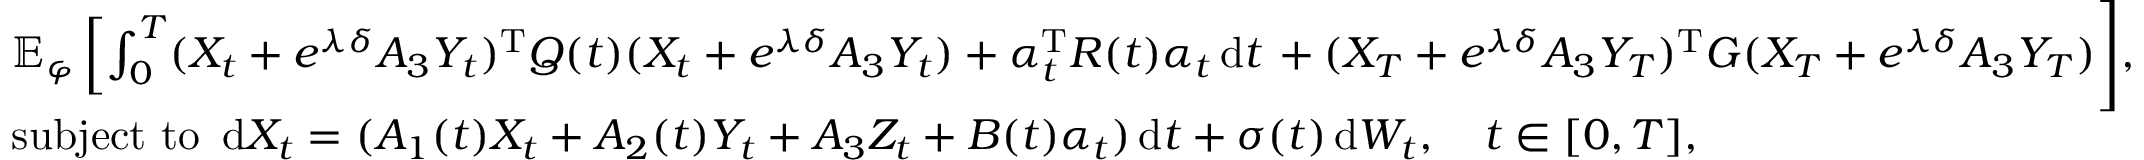
\begin{array} { r l } & { \mathbb { E } _ { \varphi } \left[ \int _ { 0 } ^ { T } ( X _ { t } + e ^ { \lambda \delta } A _ { 3 } Y _ { t } ) ^ { \operatorname { T } } Q ( t ) ( X _ { t } + e ^ { \lambda \delta } A _ { 3 } Y _ { t } ) + \alpha _ { t } ^ { \operatorname { T } } R ( t ) \alpha _ { t } \, \mathrm { d } t \right. + ( X _ { T } + e ^ { \lambda \delta } A _ { 3 } Y _ { T } ) ^ { \operatorname { T } } G ( X _ { T } + e ^ { \lambda \delta } A _ { 3 } Y _ { T } ) \Bigg ] , } \\ & { \mathrm { s u b j e c t ~ t o ~ } \, \mathrm { d } X _ { t } = ( A _ { 1 } ( t ) X _ { t } + A _ { 2 } ( t ) Y _ { t } + A _ { 3 } Z _ { t } + B ( t ) \alpha _ { t } ) \, \mathrm { d } t + \sigma ( t ) \, \mathrm { d } W _ { t } , \quad t \in [ 0 , T ] , } \end{array}